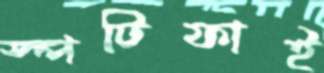
স্পটিফাই